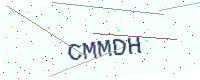
Text: CMMDH